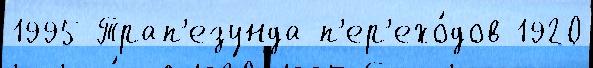
1995 Трап'езунда п'ер'ехо́дов 1920